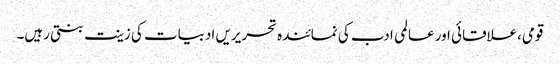
قومی،علاقائی اور عالمی ادب کی نمائندہ تحریریں ادبیات کی زینت بنتی رہیں۔